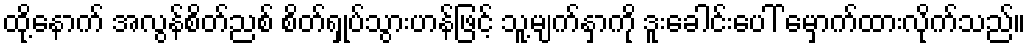
ထို့နောက် အလွန်စိတ်ညစ် စိတ်ရှုပ်သွားဟန်ဖြင့် သူ့မျက်နှာကို ဒူးခေါင်းပေါ် မှောက်ထားလိုက်သည်။